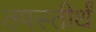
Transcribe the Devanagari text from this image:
तपस्तीर्थं